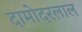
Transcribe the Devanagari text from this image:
दामोदरलाल